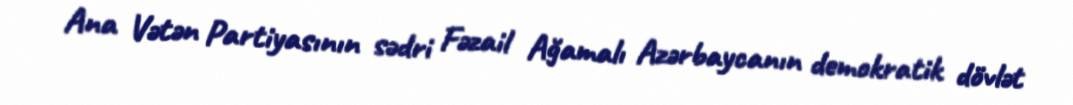
Ana Vətən Partiyasının sədri Fəzail Ağamalı Azərbaycanın demokratik dövlət